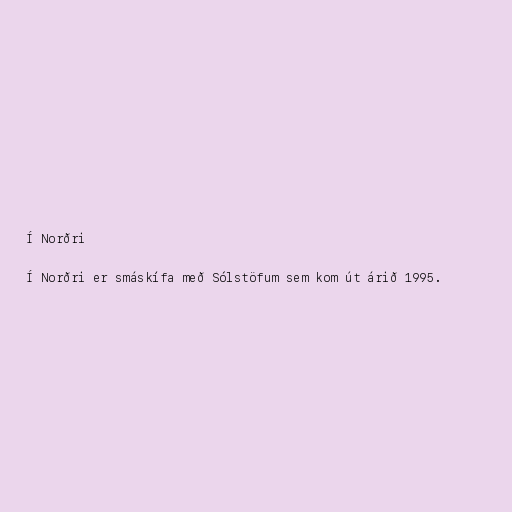
Í Norðri

Í Norðri er smáskífa með Sólstöfum sem kom út árið 1995.